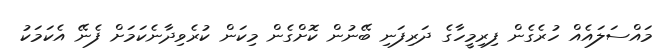
މައްސަލައެއް ހުރެގެން ފިރިމީހާގެ ދަރިފަނި ބޭނުން ކޮށްގެން މިކަން ކުރެވިދާނެކަމަށް ފެނޭ އެކަމަކު